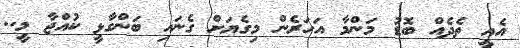
އެއީ ތެދެއް ބޮޑު މަންމާ އަހަރެން މިގެޔަށް ގެނައި ބަންގާޅީ ކުއްޖާ މީ..